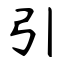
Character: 引